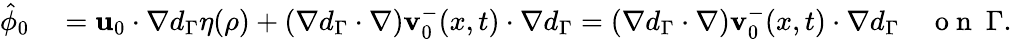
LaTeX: \begin{array}{rl}{\hat{\phi}_{0}}&{{}=\mathbf{u}_{0}\cdot\nabla d_{\Gamma}\eta(\rho)+(\nabla d_{\Gamma}\cdot\nabla)\mathbf{v}_{0}^{-}(x,t)\cdot\nabla d_{\Gamma}=(\nabla d_{\Gamma}\cdot\nabla)\mathbf{v}_{0}^{-}(x,t)\cdot\nabla d_{\Gamma}\quad\mathrm{~o~n~}\ \Gamma.}\end{array}